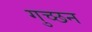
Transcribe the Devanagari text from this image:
गुच्छन